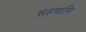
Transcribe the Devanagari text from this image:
सहवासि